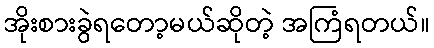
အိုးစားခွဲရတော့မယ်ဆိုတဲ့ အကြံရတယ်။